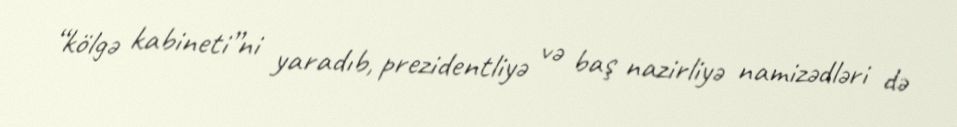
“kölgə kabineti”ni yaradıb, prezidentliyə və baş nazirliyə namizədləri də